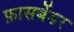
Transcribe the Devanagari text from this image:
फ़ासबेंडर